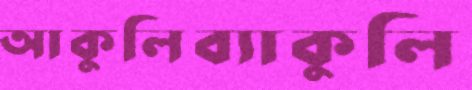
আকুলিব্যাকুলি